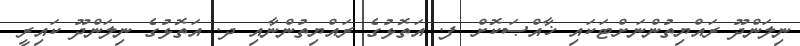
ނިލަންދޫ ރައްޔިތުންނަށްޓަކައި ޚާއްޞަކޮށް ފ. އަތޮޅުގެ ރައްޔިތުންނާއި ދ. އަތޮޅުގެ ނިލަންދޫ ކައިރީ